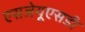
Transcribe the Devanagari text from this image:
एसजेयूएसडी